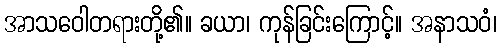
အာသဝေါတရားတို့၏။ ခယာ၊ ကုန်ခြင်းကြောင့်။ အနာသဝံ၊